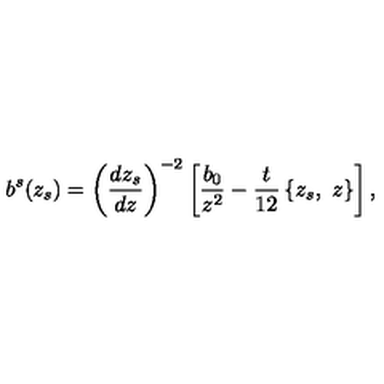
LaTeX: b ^ { s } ( z _ { s } ) = \left( \frac { d z _ { s } } { d z } \right) ^ { - 2 } \left[ \frac { b _ { 0 } } { z ^ { 2 } } - \frac { t } { 1 2 } \left\{ z _ { s } , \ z \right\} \right] ,